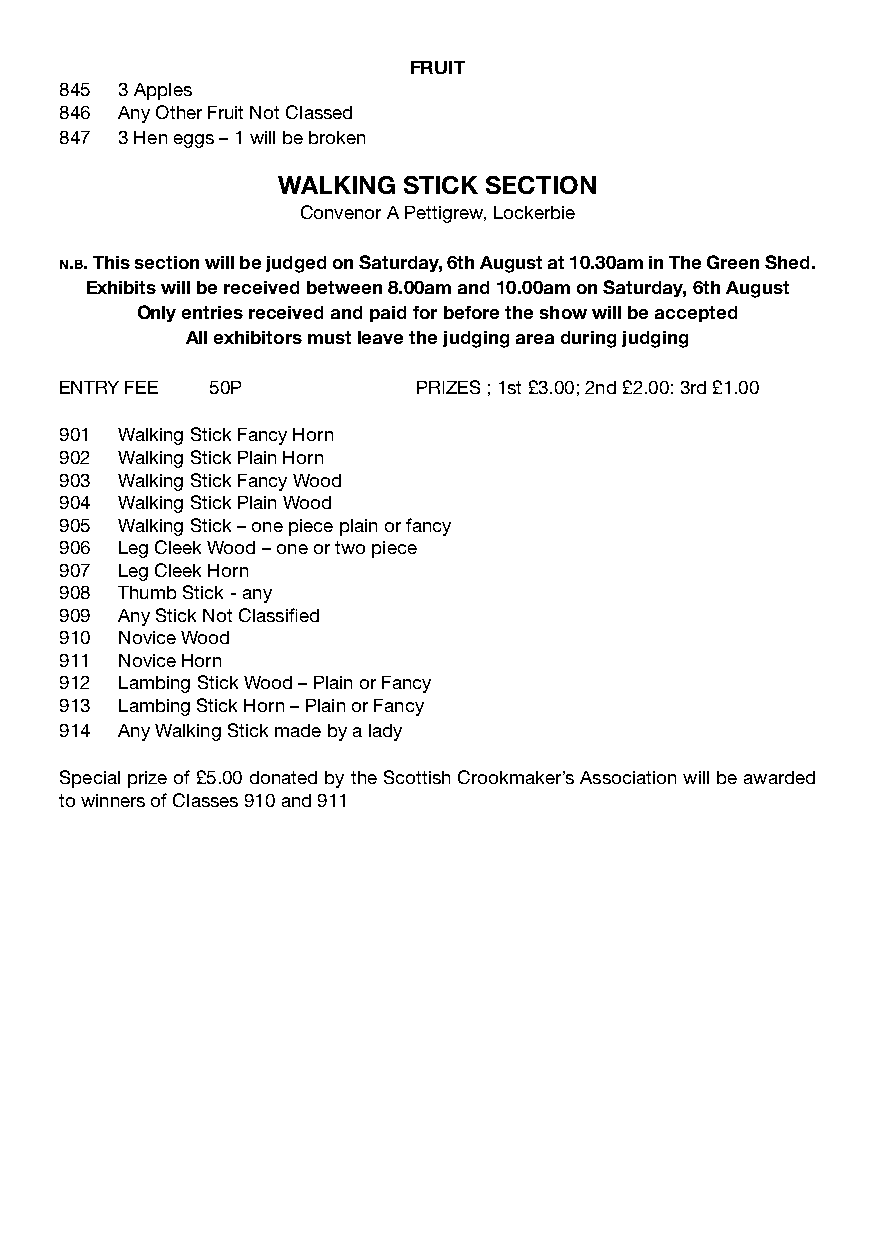
FRUIT
 845 3 Apples
 846 Any Other Fruit Not Classed
 847 3 Hen eggs – 1 will be broken
 WALKING  STICK SECTION
 Convenor A Pettigrew, Lockerbie
 n.b. This section will be judged on Saturday, 6th August at 10.30am in The Green Shed.
 Exhibits will be received between 8.00am and 10.00am on Saturday, 6th August
 Only entries received and paid for before the show will be accepted
 All exhibitors must leave the judging area during judging
 ENTRY FEE 50P           PRIZES ; 1st £3.00; 2nd £2.00: 3rd £1.00
 901 Walking Stick Fancy Horn
 902 Walking Stick Plain Horn
 903 Walking Stick Fancy Wood
 904 Walking Stick Plain Wood
 905 Walking Stick – one piece plain or fancy
 906 Leg Cleek Wood – one or two piece
 907 Leg Cleek Horn
 908 Thumb Stick - any
 909 Any Stick Not Classified
 910 Novice Wood
 911 Novice Horn
 912 Lambing Stick Wood – Plain or Fancy
 913 Lambing Stick Horn – Plain or Fancy
 914 Any Walking Stick made by a lady
 Special prize of £5.00 donated by the Scottish Crookmaker’s Association will be awarded
 to winners of Classes 910 and 911